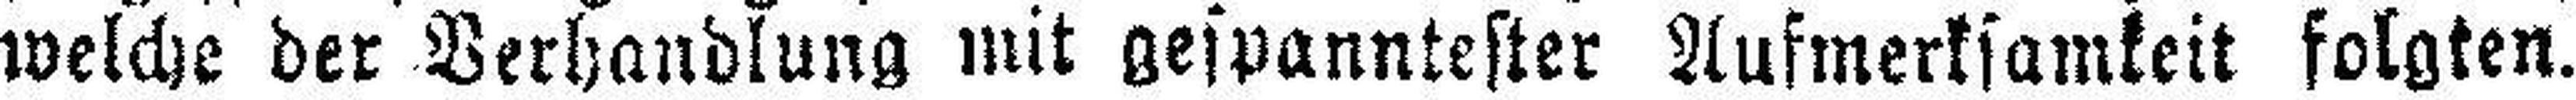
welche der Verhandlung mit gespanntester Aufmerksamkeit folgten.